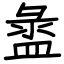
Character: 盝